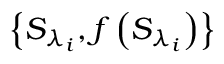
\left\{ { { S } _ { { \lambda } _ { i } } } , f \left( { { S } _ { { \lambda } _ { i } } } \right) \right\}